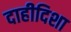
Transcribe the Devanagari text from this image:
दाहीदिशा